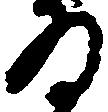
る